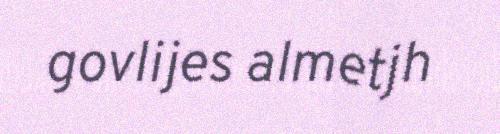
govlijes almetjh